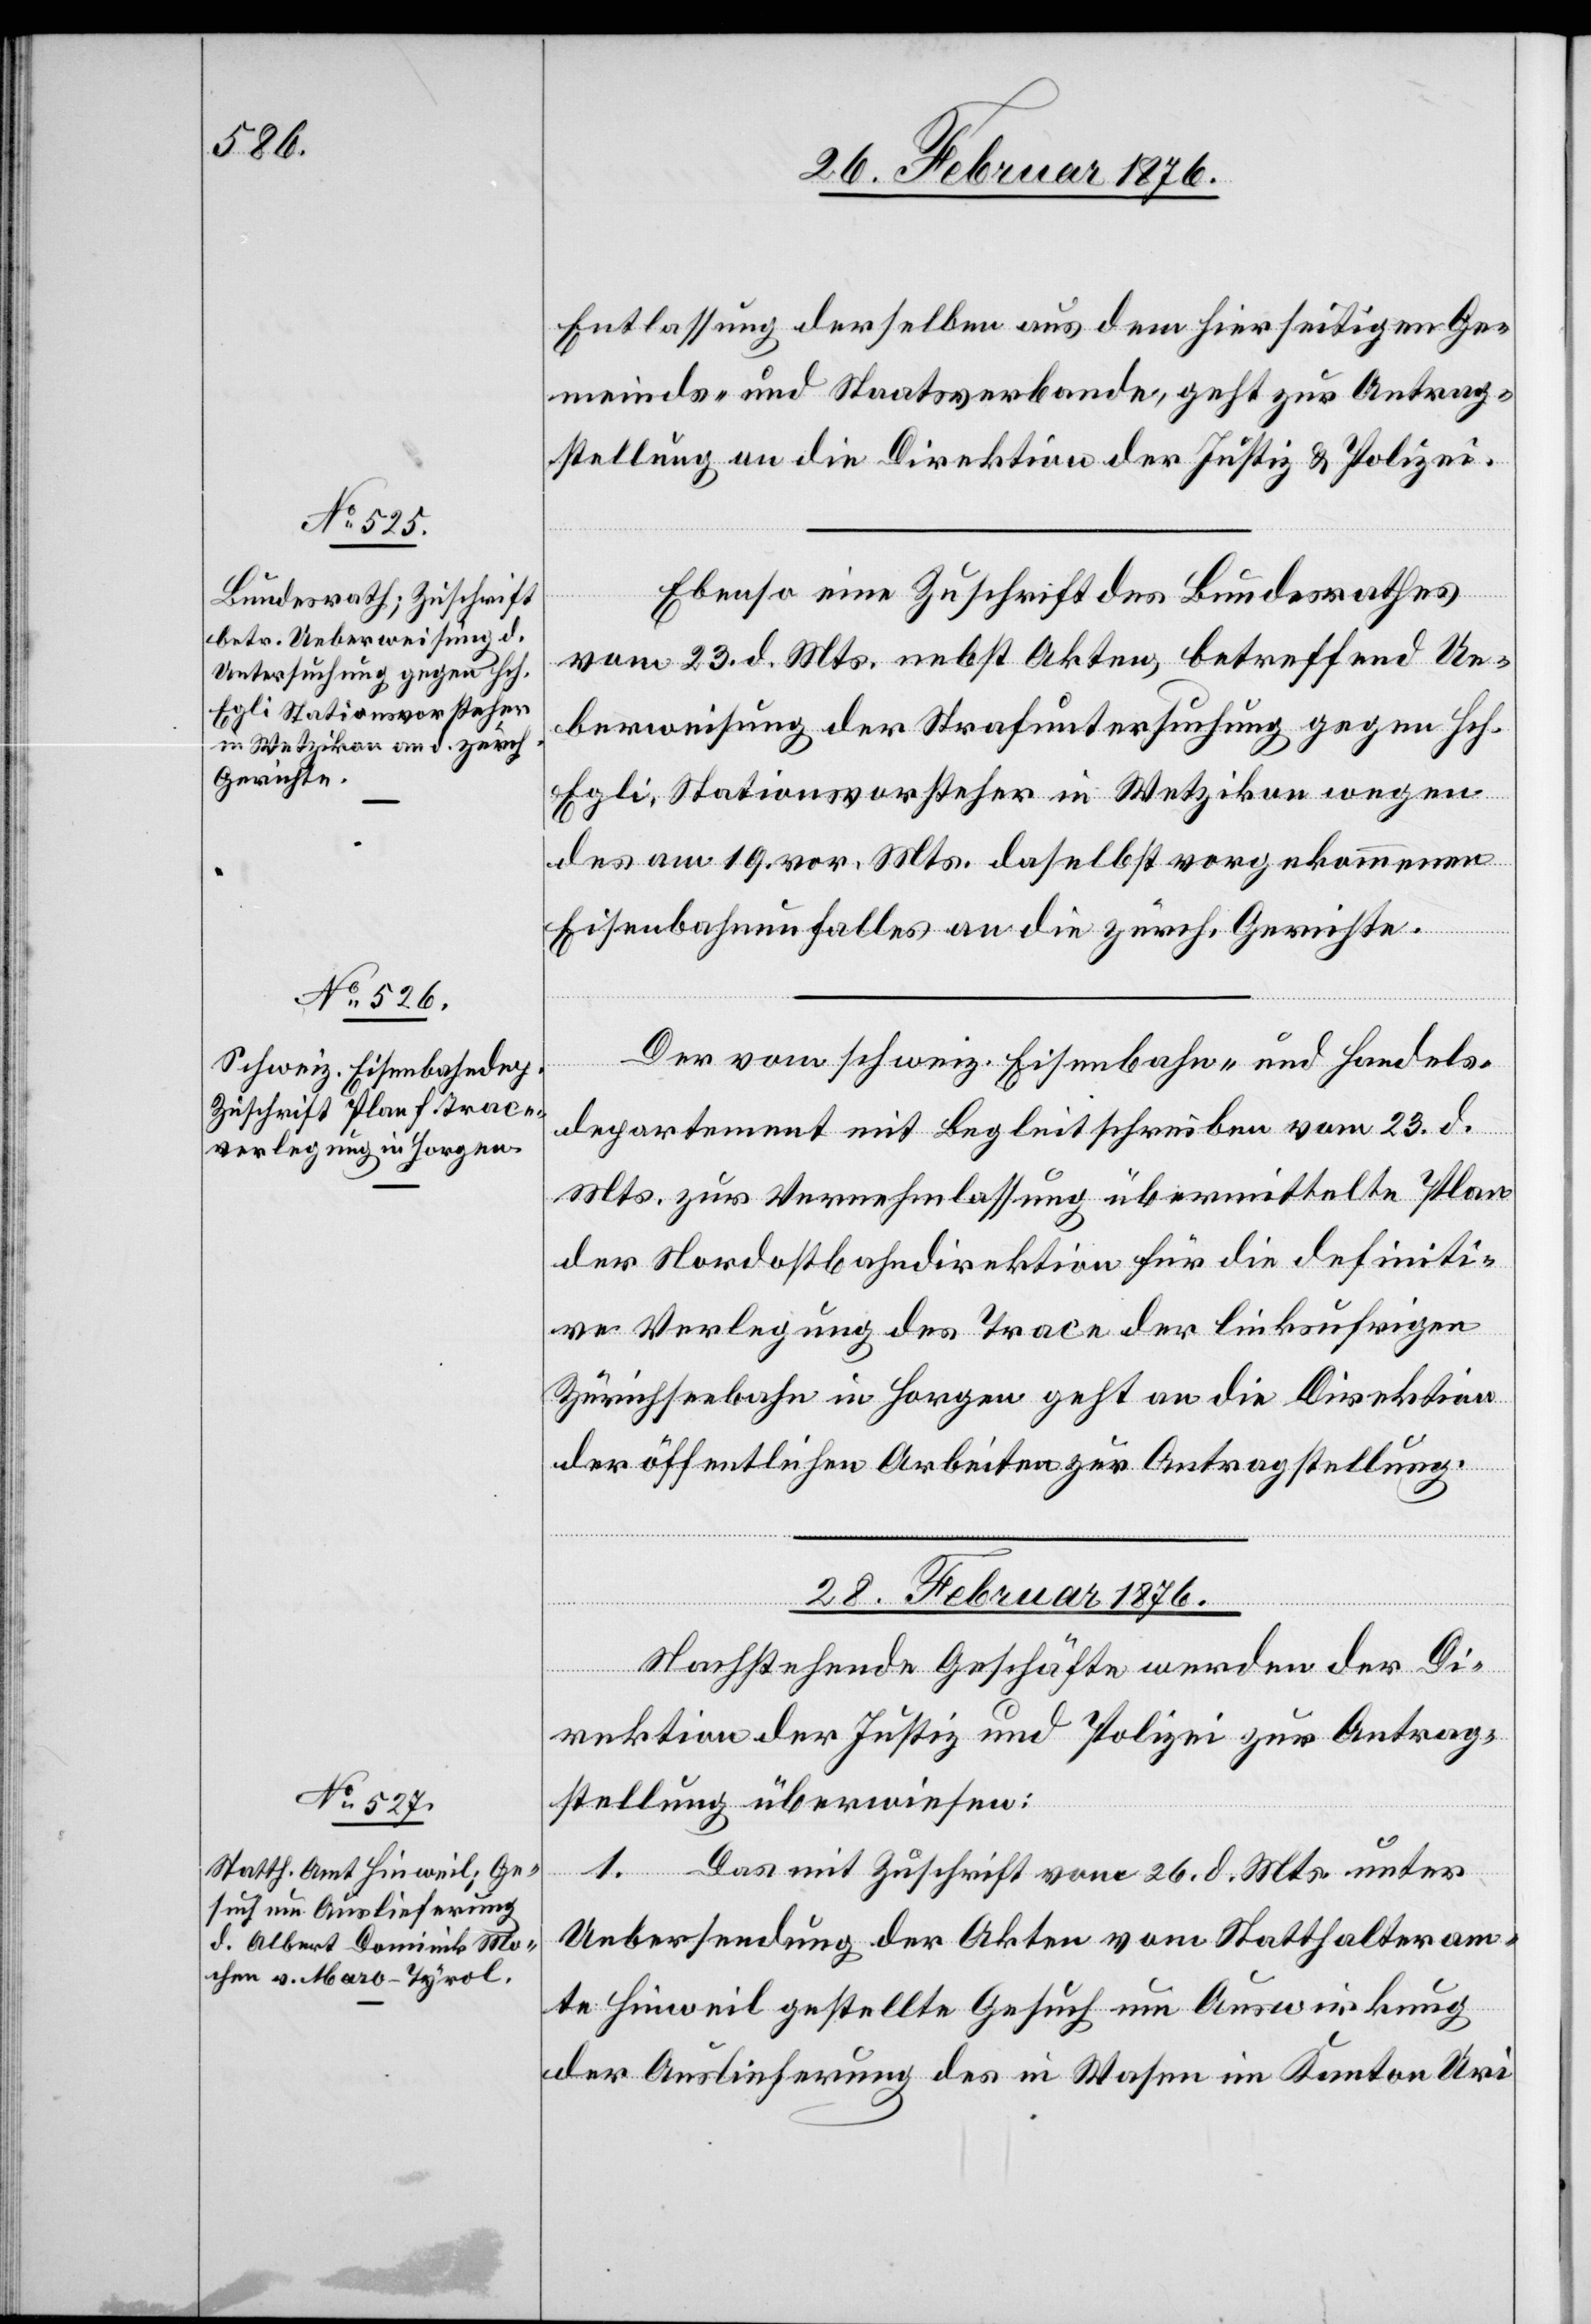
26. Februar 1876.]
Entlassung derselben aus dem hierseitigen Ge¬
meinds- und Staatsverbande, geht zur Antrag¬
stellung an die Direktion der Justiz & Polizei.
Ebenso eine Zuschrift des Bundesrathes
vom 23. d. Mts. nebst Akten, betreffend Ue¬
berweisung der Strafuntersuchung gegen Hch.
Egli, Stationsvorsteher in Wetzikon wegen
des am 19. vor. Mts. daselbst vorgekommene
Eisenbahnunfalles an die zürch. Gerichte.
Der vom schweiz. Eisenbahn- und Handels¬
departement mit Begleitschreiben vom 23. d.
Mts. zur Vernehmlassung übermittelte Plan
der Nordostbahndirektion für die definiti¬
ve Verlegung der Trace der linksufrigen
Zürichseebahn in Horgen geht an die Direktion
der öffentlichen Arbeiten zur Antragstellung.
28. Februar 1876.
Nachstehende Geschäfte werden der Di¬
rektion der Justiz und Polizei zur Antrag¬
stellung überwiesen:
1.
Das mit Zuschrift vom 26. d. Mts. unter
Uebersendung der Akten vom Statthalteram¬
te Hinweil gestellte Gesuch um Auswirkung
der Auslieferung des in Wasen im Kanton Uri